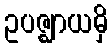
ဥပဇ္ဈာယမှိ